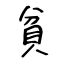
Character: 貧